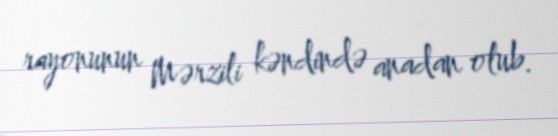
rayonunun Mərzili kəndində anadan olub.